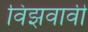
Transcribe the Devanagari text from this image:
विझवावी